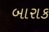
બારાક